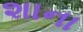
શાના